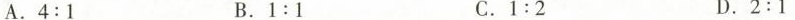
A.$$4 : 1$$ B.$$1 : 1$$ C.$$1 : 2$$ D.$$2 : 1$$